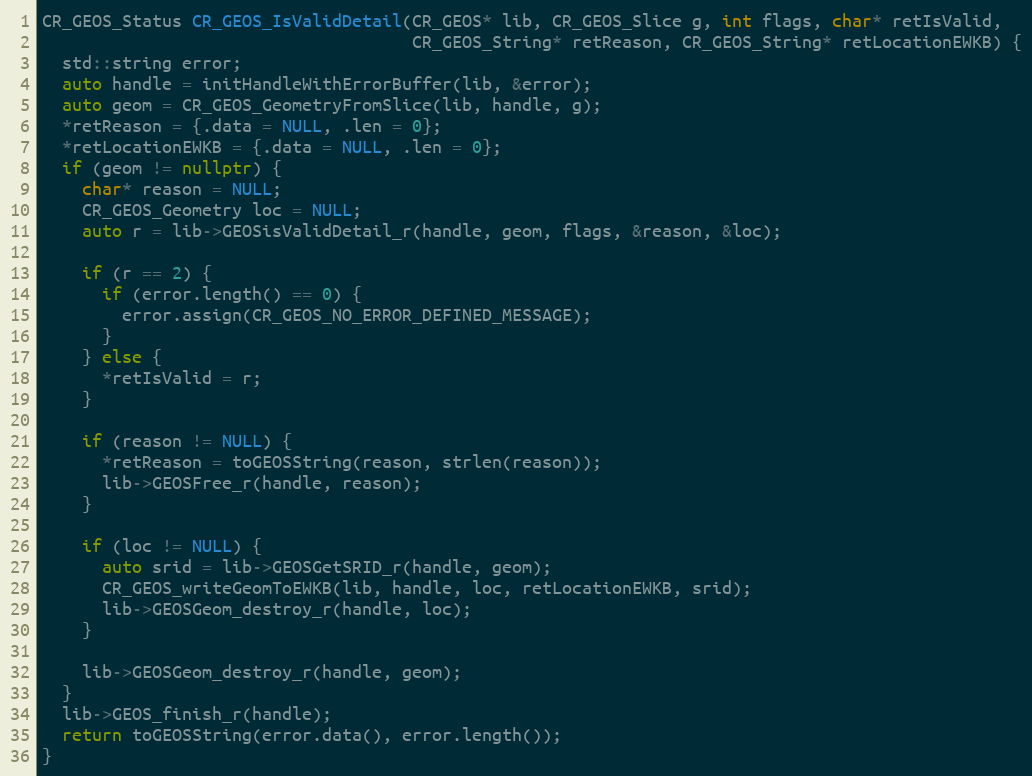
Language: C++
CR_GEOS_Status CR_GEOS_IsValidDetail(CR_GEOS* lib, CR_GEOS_Slice g, int flags, char* retIsValid,
                                     CR_GEOS_String* retReason, CR_GEOS_String* retLocationEWKB) {
  std::string error;
  auto handle = initHandleWithErrorBuffer(lib, &error);
  auto geom = CR_GEOS_GeometryFromSlice(lib, handle, g);
  *retReason = {.data = NULL, .len = 0};
  *retLocationEWKB = {.data = NULL, .len = 0};
  if (geom != nullptr) {
    char* reason = NULL;
    CR_GEOS_Geometry loc = NULL;
    auto r = lib->GEOSisValidDetail_r(handle, geom, flags, &reason, &loc);

    if (r == 2) {
      if (error.length() == 0) {
        error.assign(CR_GEOS_NO_ERROR_DEFINED_MESSAGE);
      }
    } else {
      *retIsValid = r;
    }

    if (reason != NULL) {
      *retReason = toGEOSString(reason, strlen(reason));
      lib->GEOSFree_r(handle, reason);
    }

    if (loc != NULL) {
      auto srid = lib->GEOSGetSRID_r(handle, geom);
      CR_GEOS_writeGeomToEWKB(lib, handle, loc, retLocationEWKB, srid);
      lib->GEOSGeom_destroy_r(handle, loc);
    }

    lib->GEOSGeom_destroy_r(handle, geom);
  }
  lib->GEOS_finish_r(handle);
  return toGEOSString(error.data(), error.length());
}